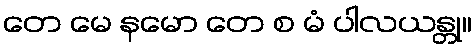
တေ မေ နမော တေ စ မံ ပါလယန္တု။